Memorandum on the prevention of leprosy by segregation of the affected
Disease focus: Leprosy
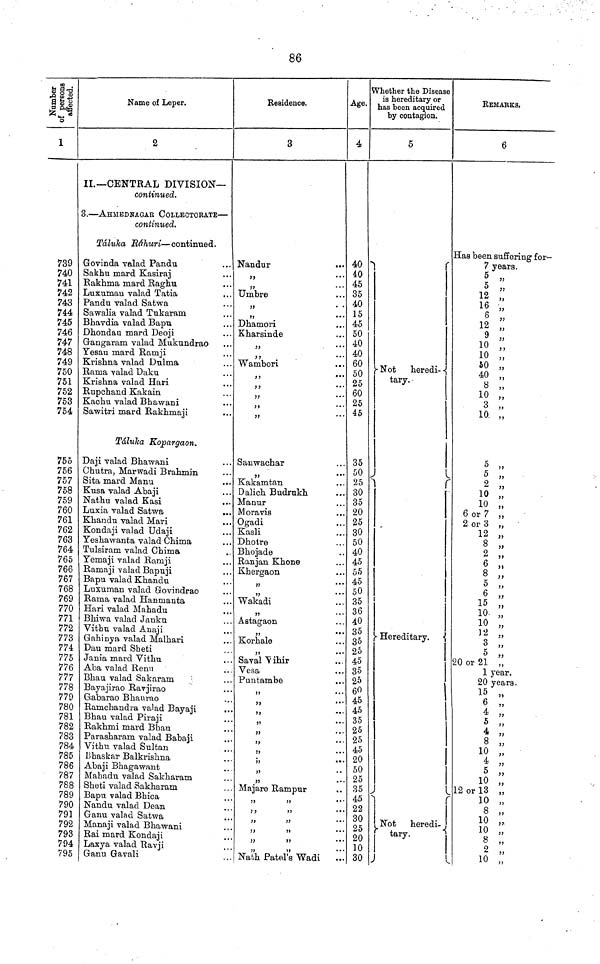
86
Number of persone affected.
1
739
740
741
742
743
744
745
746
747
748
749
750
751
752
753
754
755
756
757
758
759
760
761
762
763
764
765
766
767
768
769
770
771
772
773
774
775
776
777
778
779
780
781
782
783
784
785
786
787
788
789
790
791
792
793
794
795
Name of Leper.
2
II.—CENTRAL DIVISION—
continued.
.—AHMEDNAGAR COLLECTORATE—
continued.
Táluka Báhuri—continued.
Govinda valad Pandu
Sakhu mard Kasiraj
Rakhma mard Raghu
Juxuman valad Tatia
Pandu valad Satwa
Sawalia valad Tukaram
3havdia valad Bapu
Dhondau mard Deoji
Gangaram valad Mukundrao
Yesau mard Ramji
Krishna valad Dulma
Rama valad Daku
Krishna valad Hari
Rupchand Kakain
Kachu valad Bhawani
Sawitri mard Rakhmaji
Táluka Kopargaon.
Daji valad Bhawani
Chutra, Marwadi Brahmin
Sita mard Manu
Kusa valad Abaji
Nathu valad Kasi
Luxia valad Satwa
...
Khandu valad Mari
Kondaji valad Udaji
Yeshawanta valad Chima
Tulsiram valad Chima
Yemaji valad Ramji
Ramaji valad Bapuji
Bapu valad Khandu
Luxuman valad Govindrao
Rama valad Hanmanta
Hari valad Mahadu
Bhiwa valad Janku
Vithu valad Anaji
Gahinya valad Malhari
Dau mard Sheti
Jania mard Vithu
Aba valad Renu
Bhau valad Sakaram
Bayajirao Ravjirao
Gabarao Bhanrao
Ramchandra valad Bayaji
Bhau valad Piraji
Rakhmi mard Bhau
Parasharam valad Babaji
Vithu valad Sultan
Bhaskar Balkrishna
Abaji Bhagawant
Mahadu valad Sakharam
Sheti valad Sakharam
Bapu valad Bhica
Nandu valad Dean
Ganu valad Satwa
Manaji valad Bhawani
Rai mard Kondaji
Laxya valad Ravji
Ganu Gavali
Residence.
3
Nandur
,,
,,
Umbre
,,
,,
...
Dhamori
Kharsinde
,,
...
Wambori
• ••
,,
• . •
Sanwachar
Kakamtan
Dalich Budrukh
Manur
Moravis
Ogadi
Kasli
Dhotre
Bhojade
Ranjan Khone
Khergaon
,,
,,
Wakadi
Astagaon
Korhale
Saval Vihir
Vesa
Puntambe
,,
•
Majare Rampur
,,
,, ,,
,, ,,
Nath Patel's Wadi
Age.
4
40
40
45
35
40
15
45
50
40
40
60
50
25
60
25
45
35
50
25
30
35
20
25
30
50
40
45
55
45
50
35
36
40
35
35
25
45
35
25
60
45
45
35
25
25
45
20
50
25
35
45
22
30
25
20
10
30
Whether the Disease
is hereditary or
has been acquired
by contagion.
5
Not heredi-
tary.
Hereditary.
Not heredi-
tary.
REMARKS.
6
Has been suffering for-
7 years.
5 „
5 „
12 „
16 „
6 „
12 „
9 „
10 „
10 „
50 „
40 „
8 „
10 „
3 „
10 „
5 „
5 ,,
2
10 „
10 „
6 or 7 „
2 or 3 „
12 „
8 „
2 „
6 „
8 „
5 „
6 „
15 „
10 „
10 „
12 „
3 ,,
5 „
20 or 21 „
1 year.
20 years.
15 „
6 „
4 „
5 „
4 „
8 „
10 „
4 „
5 „
10 „
12 or 13 „
10 „
8 „
10 „
10 „
8 „
2 „
10 „